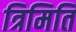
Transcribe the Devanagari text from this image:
त्रिमिति